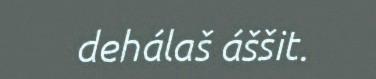
dehálaš áššit.